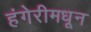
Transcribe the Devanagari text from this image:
हंगेरीमधून